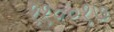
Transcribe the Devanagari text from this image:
११००१७